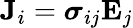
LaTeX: \mathbf{J}_{i}={\boldsymbol{\sigma}}_{ij}\mathbf{E}_{j}